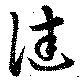
健